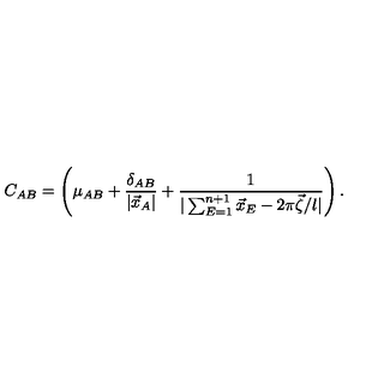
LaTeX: C _ { A B } = \left( \mu _ { A B } + \frac { \delta _ { A B } } { | \vec { x } _ { A } | } + \frac { 1 } { | \sum _ { E = 1 } ^ { n + 1 } \vec { x } _ { E } - 2 \pi \vec { \zeta } / l | } \right) .